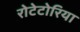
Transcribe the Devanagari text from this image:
रोटेटोरिया